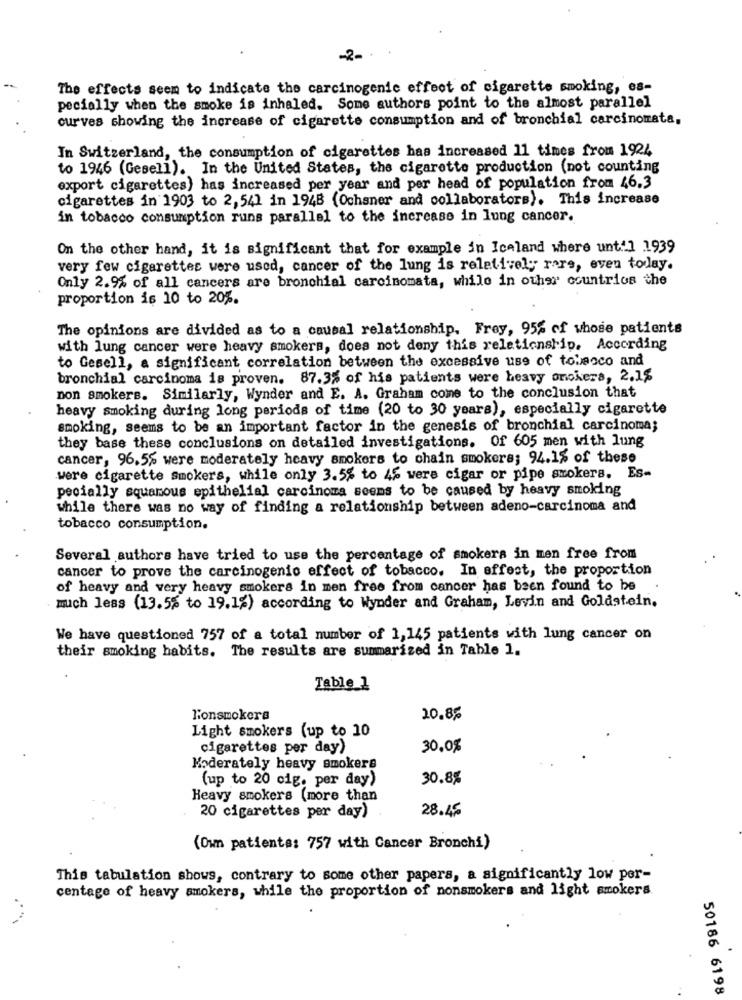
-2-
The effects seem to indicate the carcinogenic effect of cigarette smoking, es-
pecially when the smoke is inhaled. Some authors point to the almost parallel
curves showing the increase of cigarette consumption and of bronchial carcinomata,
In Switzerland, the consumption of cigarettes has increased 11 times from 1924
to 1946 (Gesell). In the United States, the cigarette production (not counting
export cigarettes) has increased per year and per head of population from 46.3
cigarettes in 1903 to 2,541 in 1948 (Ochsner and collaborators). This increase
in tobacco consumption runs parallel to the increase in lung cancer.
On the other hand, it is significant that for example in Iceland where unt:1 1939
very few cigarettes were used, cancer of the lung is relatively rare, even tolay.
Only 2.9% of all cancers are bronchial carcinomata, while in other countries the
proportion is 10 to 20%.
The opinions are divided as to a causal relationship. Frey, 95% of whose patients
with lung cancer were heavy smokers, does not deny this relationship. According
to Gesell, a significant correlation between the excessive use of tobacco and
bronchial carcinoma is proven. 87.3% of his patients were heavy onokers, 2.1$
non smokers. Similarly, Wynder and E. A. Graham come to the conclusion that
heavy smoking during long periods of time (20 to 30 years), especially cigarette
smoking, seems to be an important factor in the genesis of bronchial carcinoma;
they base these conclusions on detailed investigations. Of 605 men with lung
cancer, 96,5% were moderately heavy smokers to chain smokers; 94.1% of these
were cigarette smokers, while only 3.5% to 4% were cigar or pipe smokers. Es-
pecially squamous epithelial carcinoma seems to be caused by heavy smoking
while there was no way of finding a relationship between adeno-carcinoma and
tobacco consumption.
Several authors have tried to use the percentage of smokers in men free from
cancer to prove the carcinogenic effect of tobacco. In affect, the proportion
of heavy and very heavy smokers in men free from cancer has been found to be
much less (13.5% to 19.1%) according to Wynder and Graham, Levin and Goldstein.
We have questioned 757 of a total number of 1,145 patients with lung cancer on
their smoking habits. The results are summarized in Table 1.
Table_1
Nonsmokera
20.85
Light smokers (up to 10
cigarettes per day)
30.0%
Moderately heavy smokers
(up to 20 cig. per day)
30.8%
Heavy smokers (more than
28.45
20 cigarettes per day)
(Own patients: 757 with Cancer Bronchi)
This tabulation shows, contrary to some other papers, a significantly low per-
centage of heavy smokers, while the proportion of nonsmokers and light smokers
50186 6198